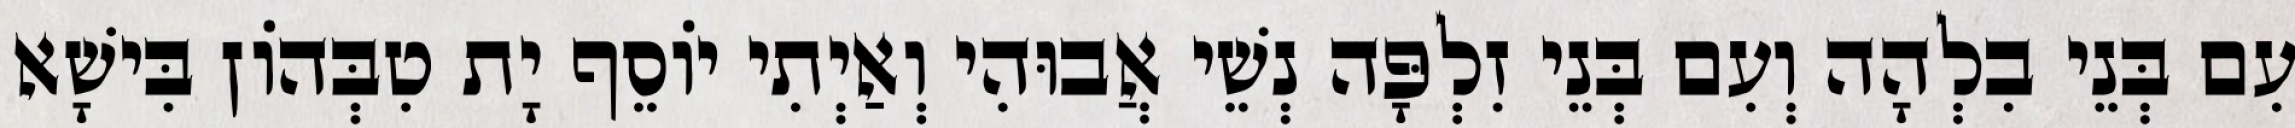
עִם בְּנֵי בִלְהָה וְעִם בְּנֵי זִלְפָּה נְשֵׁי אֲבוּהִי וְאַיְתִי יוֹסֵף יָת טִבְּהוֹן בִּישָׁא